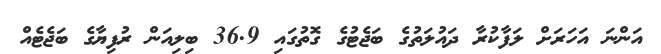
އަންނަ އަހަރަށް ލަފާކުރާ ދައުލަތުގެ ބަޖެޓުގެ ގޮތުގައި 36.9 ބިލިއަން ރުފިޔާގެ ބަޖެޓެއް